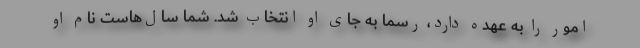
امور را به عهده دارد، رسما به جای او انتخاب شد. شما سال‌هاست نام او